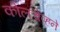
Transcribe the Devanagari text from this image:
कोलचेव्हने